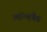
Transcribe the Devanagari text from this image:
लॉन्चपैड